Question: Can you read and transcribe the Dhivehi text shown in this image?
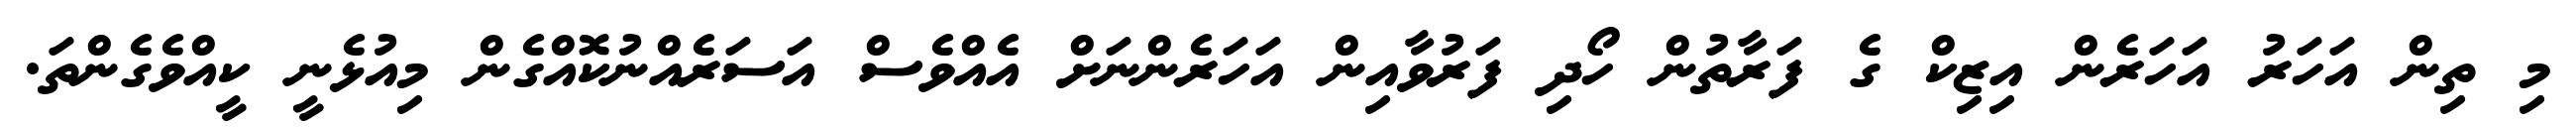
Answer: މި ތިން އަހަރު އަހަރެން އިޒިކް ގެ ފަރާތުން ހޯދި ފަރުވާއިން އަހަރެންނަށް އެއްވެސް އަސަރެއްނުކޮއްގެން މިއުޅެނީ ކީއްވެގެންތަ.